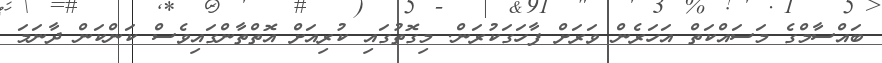
ބައްސާމްގެ މަސައްކަތް އަހަރެން ވަރަށް ފާހަގަކުރަން. މިގޮތުގައި ކުރިއަށް އޮތްތާންގައިވެސް ކަންކަން ދާނަމަ